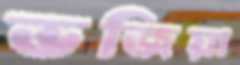
ভজিয়া